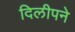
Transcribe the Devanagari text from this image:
दिलीपने